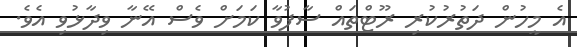
އެ މީހުން ދަތުރުކުރި ރޫޓްތައް ސާފުވާ ކަމަށް ވެސް އޭނާ ވިދާޅުވި އެވެ.